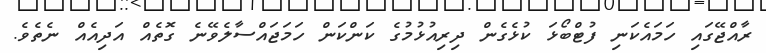
ރާއްޖޭގައި ހަމައެކަނި ފުޓްބޯޅަ ކުޅެގެން ދިރިއުޅުމުގެ ކަންކަން ހަމަޖައްސާލެވޭނެ ގޮތެއް އަދިއެއް ނެތެވެ.